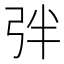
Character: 𢏑